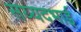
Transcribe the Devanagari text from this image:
सय्यदभाई